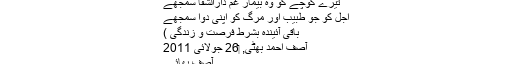
تیرے کوچے کو وہ بیمارِ غم دارالشفا سمجھے
اجل کو جو طبیب اور مرگ کو اپنی دوا سمجھے​
باقی آئیندہ بشرط فرصت و زندگی )​
آصف احمد بھٹی, ‏26 جولائی 2011
آصف بھائی ۔